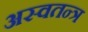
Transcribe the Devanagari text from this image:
अस्वतन्त्र